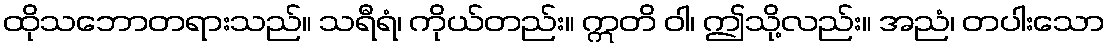
ထိုသဘောတရားသည်။ သရီရံ၊ ကိုယ်တည်း။ ဣတိ ဝါ၊ ဤသို့လည်း။ အညံ၊ တပါးသော